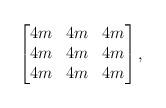
LaTeX: \begin{align*} \begin{bmatrix} 4m & 4m & 4m \\ 4m & 4m & 4m \\ 4m & 4m & 4m \end{bmatrix} ,\end{align*}